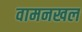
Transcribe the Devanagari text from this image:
वामनखल